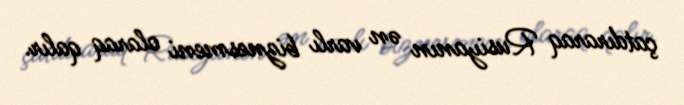
çatdıraraq Rusiyanın ən varlı biznesmeni olaraq qalır.